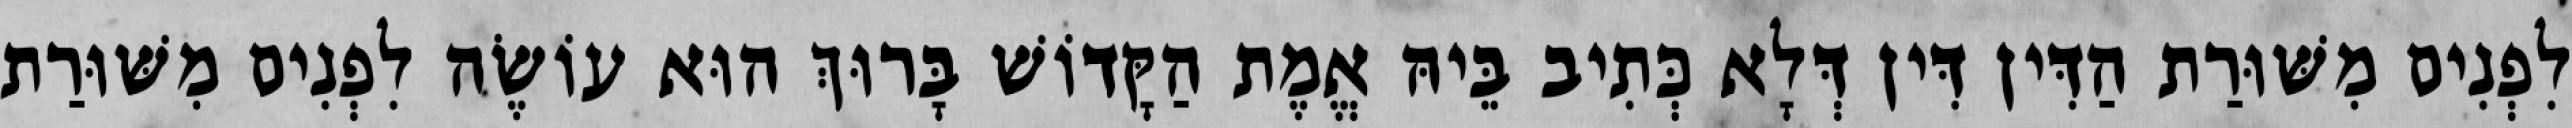
לִפְנִים מִשּׁוּרַת הַדִּין דִּין דְּלָא כְּתִיב בֵּיהּ אֱמֶת הַקָּדוֹשׁ בָּרוּךְ הוּא עוֹשֶׂה לִפְנִים מִשּׁוּרַת